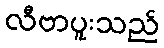
လီဗာပူးသည်